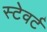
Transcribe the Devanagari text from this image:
स्टेवर्ट